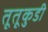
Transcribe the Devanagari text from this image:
तूतूकुडी